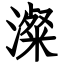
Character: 澯